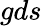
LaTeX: gds